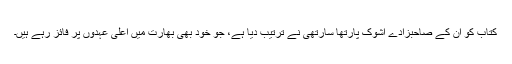
کتاب کو ان کے صاحبزادے اشوک پارتھا سارتھی نے ترتیب دیا ہے، جو خود بھی بھارت میں اعلیٰ عہدوں پر فائز رہے ہیں۔